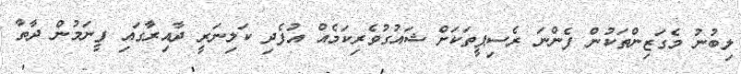
ލިބުނު މެގަޒިންތަކުން ފެންނަ ރެސިޕީތަކަށް ޝައުގުވެރިކަމެއް އުފެދި ކަލިނަރީ ދާއިރާގައި ފީނަމުން ދާތާ